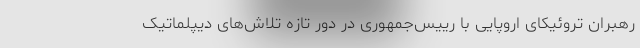
رهبران تروئیکای اروپایی با رییس‌جمهوری در دور تازه‌ تلاش‌های دیپلماتیک